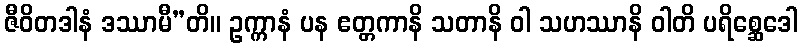
ဇီဝိတဒါနံ ဒဿာမီ”တိ။ ဥက္ကာနံ ပန ဧတ္တကာနိ သတာနိ ဝါ သဟဿာနိ ဝါတိ ပရိစ္ဆေဒေါ